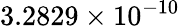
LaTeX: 3.2829\times 10^{-10}